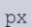
рх